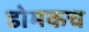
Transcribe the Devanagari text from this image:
डोमकच